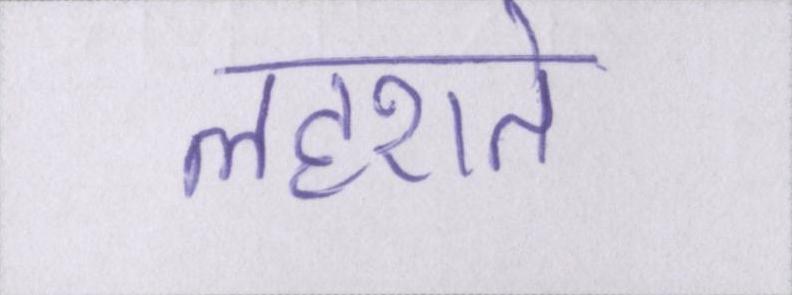
लहराते